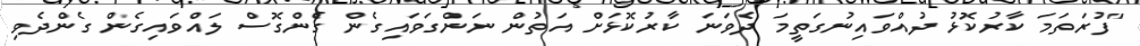
"ފުރަތަމަ ކާރުކޮޅު ދުއްވައިނުގަތީމަ ދެވަނަ ކާރުކޮޅަށް އަތުން ނަންގަވައިގެން ގެންގޮސް ލައްވައިގެން ގެންދެވި